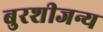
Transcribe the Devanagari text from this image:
बुरशीजन्य